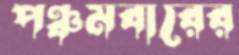
পঞ্চমবারের